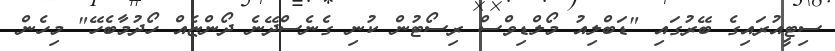
ސިޓީއުރައިގެ ބޭރުގައި "ޑަބްލިއު މޯލްޑިވްސް ރިސޯޓުން ކުނި ގެނެސްދޭނެ ދޯންޏެއް ހޯދުމާބެހޭ" މިހެން